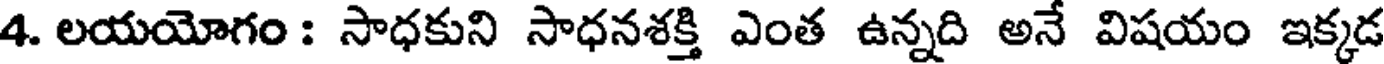
4. లయయోగం : సాధకుని సాధనశక్తి ఎంత ఉన్నది అనే విషయం ఇక్కడ